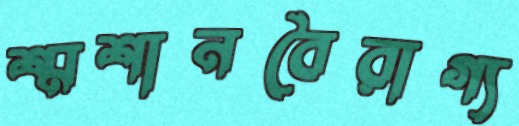
শ্মশানবৈরাগ্য